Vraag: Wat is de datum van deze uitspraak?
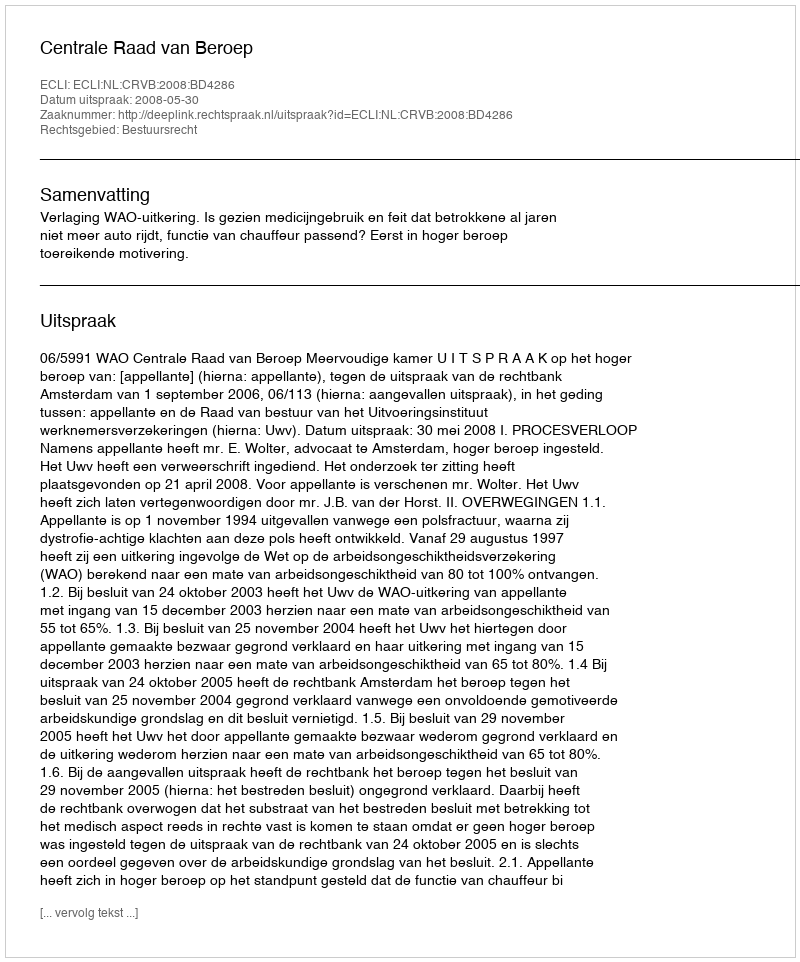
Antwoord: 2008-05-30